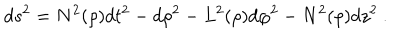
d s ^ { 2 } = N ^ { 2 } ( \rho ) d t ^ { 2 } - d \rho ^ { 2 } - L ^ { 2 } ( \rho ) d \varphi ^ { 2 } - N ^ { 2 } ( \rho ) d z ^ { 2 } \ .